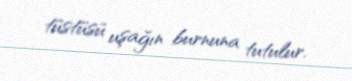
tüstüsü uşağın burnuna tutulur.